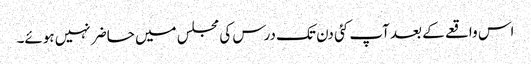
اس واقعے کے بعد آپ کئی دن تک درس کی مجلس میں حاضر نہیں ہوئے۔